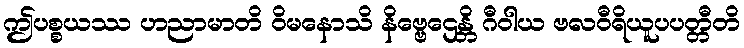
ဤပစ္စယဿ ဟညာမာတိ ဝိမနောသိ နိဗ္ဗေဌေန္တိ ဂီဝါယ ဗလဝီရိယူပပတ္တီတိ